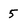
Character: 5